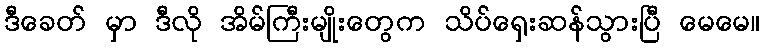
ဒီခေတ် မှာ ဒီလို အိမ်ကြီးမျိုးတွေက သိပ်ရှေးဆန်သွားပြီ မေမေ။